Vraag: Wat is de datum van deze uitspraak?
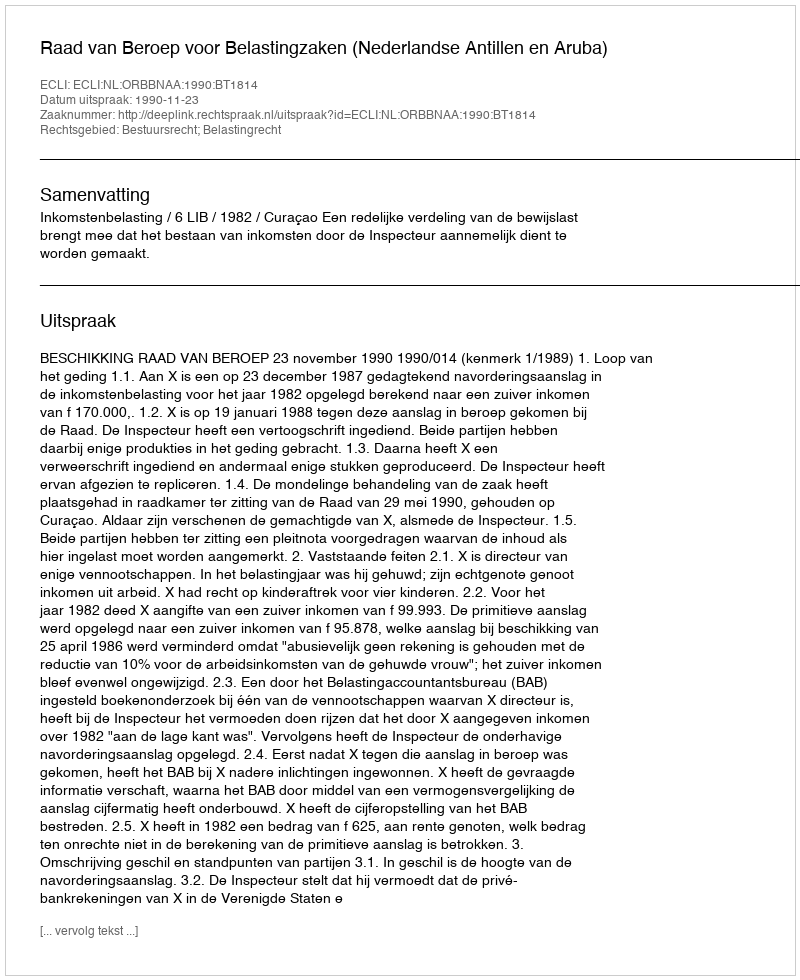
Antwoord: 1990-11-23